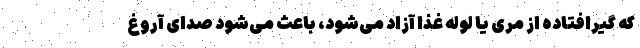
که گیرافتاده از مری یا لوله غذا آزاد می‌شود، باعث می‌شود صدای آروغ